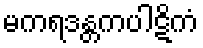
မကရဒန္တကပါဋိကံ